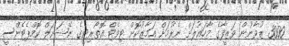
3000 ޒުވާނުން ވަޒީފާގެ މާހައުލަށް ނެރުމަށް އަމާޒުކޮށް ޓިވެޓް އޮތޯރިޓީގެ ނޭޝަނަލް ކޮމްޕެޓެންސީ